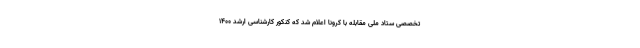
تخصصی ستاد ملی مقابله با کرونا اعلام شد که کنکور کارشناسی ارشد ۱۴۰۰